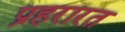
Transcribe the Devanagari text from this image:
प्रहरारत